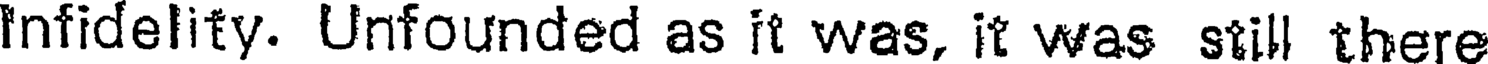
Infidelity. Unfounded as it was, it was still there